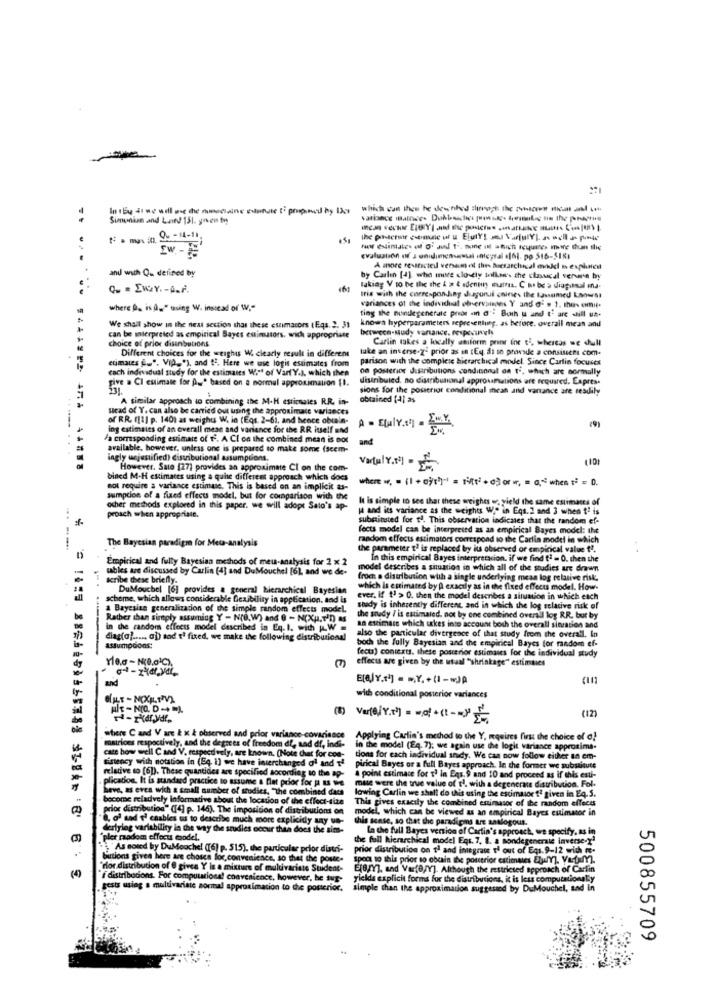
In bu di we will we the mencione edetale ti proposed by the what can then he drinked inrot the fcc
Simunion and Land 151. gren ty
evaluation of J oniddimensaussi integral .[6]. po 516-518;
and with Q. defined by
A more revitcted versam et this Bucsarchical mikkel is explicit
by Carlin [4] whe more closely billon's the clasucal verre by
taking V to be the the & # 4 edenun matris. C to be a diagonal ina.
tris with the corresponding dugoni chines the lassamed Knowsi
variances of the individual ofrervsinnes Y and o' » 1. the- omit.
where Da is A." using W. instead of W."
ting the nundegenerate preor ann d'" Both u and t' are still un.
We shall show in the next section that these estimacors (Eqs. 2. 31
knowa hyperparameters representing. as before. overall mean and
between-sudy vartance, respecwels
can be interpreted as empirical Bayes estimators, wich appropriate
choice of prior disinbutions.
Carlin takes a locally uniform print ine ti, whereas we dull
Different choices for the weighis W. clearly result in different
take an inverse-2- prior as an (Eq. di to provide a consisschi com.
ecimaies f.". Vid."), and t2. Here we use logis estimates from
parison with the complete hierarchical model. Since Carlin focuses
cach individual study for the estimates Wird of Vart Y.J, which then
on posterior distributions condicional on ti, which are normally
give a CI estimate for A=" based on a normal approximation [I.
distributed, no distributional approximations are required. Expres.
sions for the posterior conditional mean and vanance are sesdily
A similar approach to combining the M.H estimales R.R. in-
obtained [4] as
sead of Y. can also be carried out using the approximate variances
of RR. ([1] p. 140) as weight W. in (Eqs. 2-61, and hence obtain-
ing estimates of an overall mese and variance for the RR itself and
(9)
a corresponding estimate of f. A CE on the combined mean is not
and
available, however, unless one is prepared to make some (scem-
ingly uejustified) distributional assumptions.
However. Sale (27) provides an approximate CI on the com-
Vardu YNE
bined M-H estimates using a quite different approach which does
where .. . (1 + 0)thy" = Mit+ dori, = a,"when == = D.
not require a variance estimase. This is based on an implicit as-
sumption of a fixed effects model, but for comparison with the
It is simple to see that these weighes or, yield the same estimates of
ocher methods explored in this paper. we will adopt Sato's ap-
( and its variance as the weights W." in Eqs. 2 and 3 when 12 is
proach when appropriate.
substituted for ta. This observation indicates that the random ef-
fects model can be interpreted as an empirical Bayes model: the
The Bayesian paradigm for Meta-analysis
random effects estimators correspond to the Carlin model in which
the parameter t' is replaced by its observed or empirical value ?".
. .
Empirical and fully Bayesian methods of meu-analysis for 2 x 2
In this empirical Bayes interpretacion. if we find t2 - 0. then the
tables are discussed by Carlin [4] and DuMouchel [6), and we de-
model describes a situation in which all of the studies urt drawn
scribe these briefly.
froch a distribution with a single underlying mean log relative risk
DuMouchel [6] provides a general hierarchical Bayesian
which is estimated by A exactly as in the fixed effects model. How-
scheme, which allows considerable flexibility in application, and is
ever. If "' > 0. then the model describes a situation in which each
a Bayesian generalization of the simple random effects model.
shady is inherently different and in which the log relative risk of
Rather than simply assuming Y - Nre, W) and 0 - N(XII.I'D) as
the study / is estimated. not by one combined overall log R.R. but by
in the random effects model described in Eq. I. with H.W=
also the particular divergence of that study from the overall. In
an estimate which takes into account both the overall sinration and
diag(a) ..... ap) and t' fixed, we make the following distributional
bocs the fully Bayesian and the empirical Bayes for random ef-
assumptions:
fecta) contexts. these posterior estimates for the individual study
Yle.a - N(B.oIC).
effects are given by the usual "shrinkage" estimaies
and
Eta,/Y.1'] = ",Y. + (1-wJA
with conditional posterior variances
(12)
Var(@İY.r) = = d+(-))
where C and V are & x & observed and prior variance-covariance
Applying Carlin's method to the Y, mquires first the choice of a)
cate how well Cand V. respectively, are known. (Note that for con-
matrices respectively, and the degrees of freedom df, sad df, indi-
in the model (Eq_7); we again use the logit variance approxima-
sistency with notation in (Eq i) we have interchanged oi and Te
tions for each individual snady. We can now follow either an em-
relative to [6]). These quantides are specified socording to the 19-
pirical Bayes or a full Bayes approach. In the former we substitute
plication. It is standard practice to assume & Dat prior for p as we
& point estimate for ' in Eqs.9 and 10 and proceed as if this esti-
heve, as even wich a small number of studies, "the combined dass
muse were the true value of ti, with a degenerace distribution. Fol-
lowing Carlin we shall do whit using the escimaortª given in Eq. S.
become reiadvely informative about the location of the effect-tize
This gives exactly the combined estimasor of the random effects
prior distribution" ([4] p. 145). The imposition of distributions on
model, which can be viewed as an empirical Bayes cuimator in
8, of sad t' caables us to describe much more explicidy any un-
this sense, so that the paradigms are analogous.
derlying variability in the way the studies occur thea does the sims-
La che full Bayes version of Cartia's appro
raadom effocis model.
the full hierarchical model Eqs. 7. 8. a Bondegenerale inverse-X"
" As noted by DuMouche! ([6] p. $15), the particular prior distri-
prior distribution on 1ª and integrate t' out of Eqs. 9-12 wich m.
butions given here are choses for, convenience, so that the poste-
spect to this prior to obtain the pourerior estimates EtjulY]. Vatam).
"rior distribution of @ givea Y is a mixture of multivariate Student-
Ejerry, and Var(8/Y]. Although the restricted approach of Carlin
"f distribucions. For computational convenience, however, he sur-
yields explicit forms for the distributions, it is less computational.y
gests using a multivariate portal approximation to the posterior.
simple than the approximatio
suggested by DuMouchel, sad In
500855709